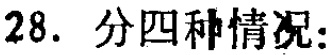
28. 分四种情况：